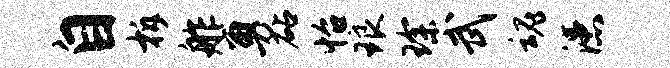
自柝舴勇砧怡琅琛武魂漶